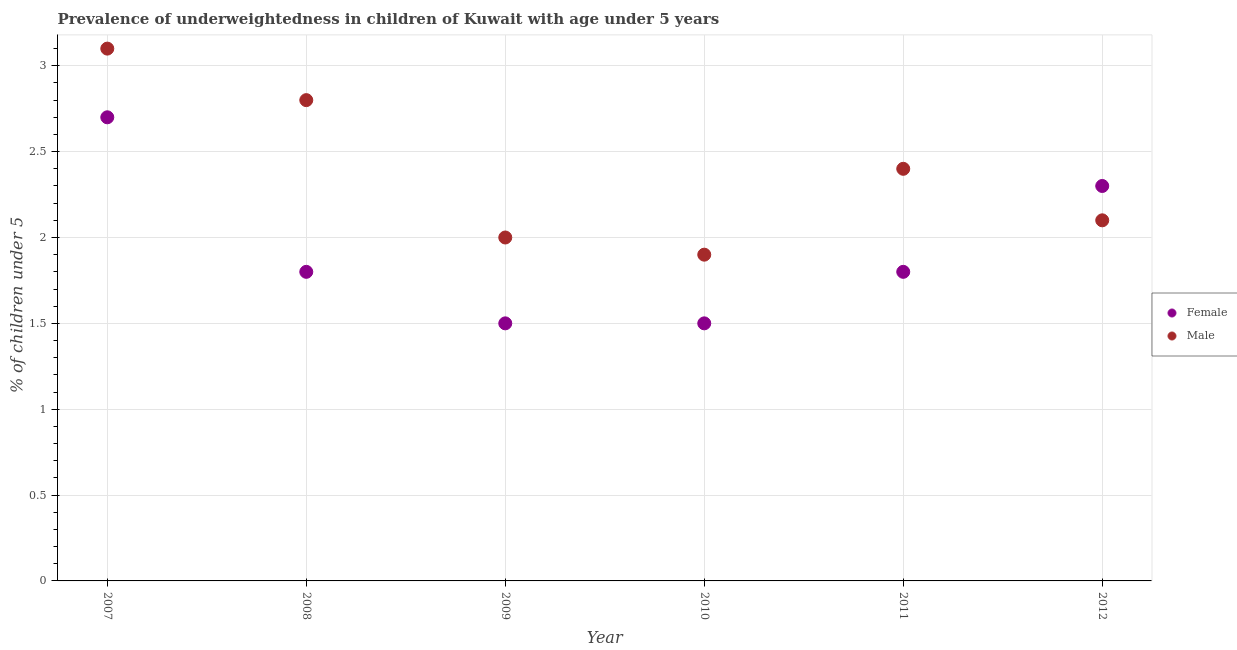
| Year | Female | Male |
 | --- | --- | --- |
 | 2007 | 2.7 | 3.1 |
 | 2008 | 1.8 | 2.8 |
 | 2009 | 1.5 | 2 |
 | 2010 | 1.5 | 1.9 |
 | 2011 | 1.8 | 2.4 |
 | 2012 | 2.3 | 2.1 |